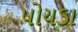
પોયડા